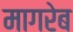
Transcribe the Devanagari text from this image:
मागरेब